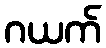
ဂယက်